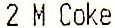
2 M COKE